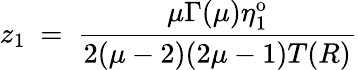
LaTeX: z_{1}~=~\frac{\mu\Gamma(\mu)\eta_{1}^{\mathrm{o}}}{2(\mu-2)(2\mu-1)T(R)}